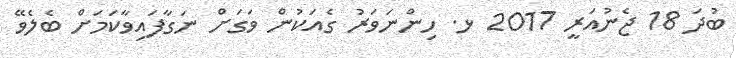
ބުދަ 18 ޖެނުއަރީ 2017 ޅ. ހިންނަވަރު ގެއަކުން ވަގަށް ނަގާފައިވާކަމަށް ބެލެވޭ